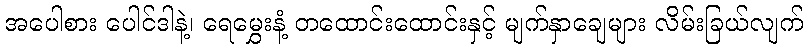
အပေါစား ပေါင်ဒါနဲ့၊ ရေမွှေးနံ့ တထောင်းထောင်းနှင့် မျက်နှာချေများ လိမ်းခြယ်လျက်